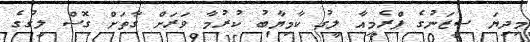
މިދިޔަ ސީޒަނުގެ ޕްރެމިއާ ލީގު ކާމިޔާބު ކުރުމާ ވަރަށް ގާތަށް ގޮސް ލީގުގެ